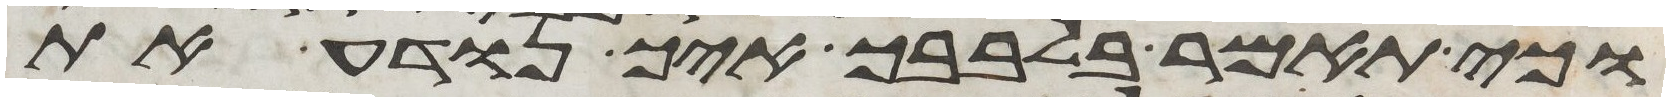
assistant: וכי תאמר בלבבך איך נודע את